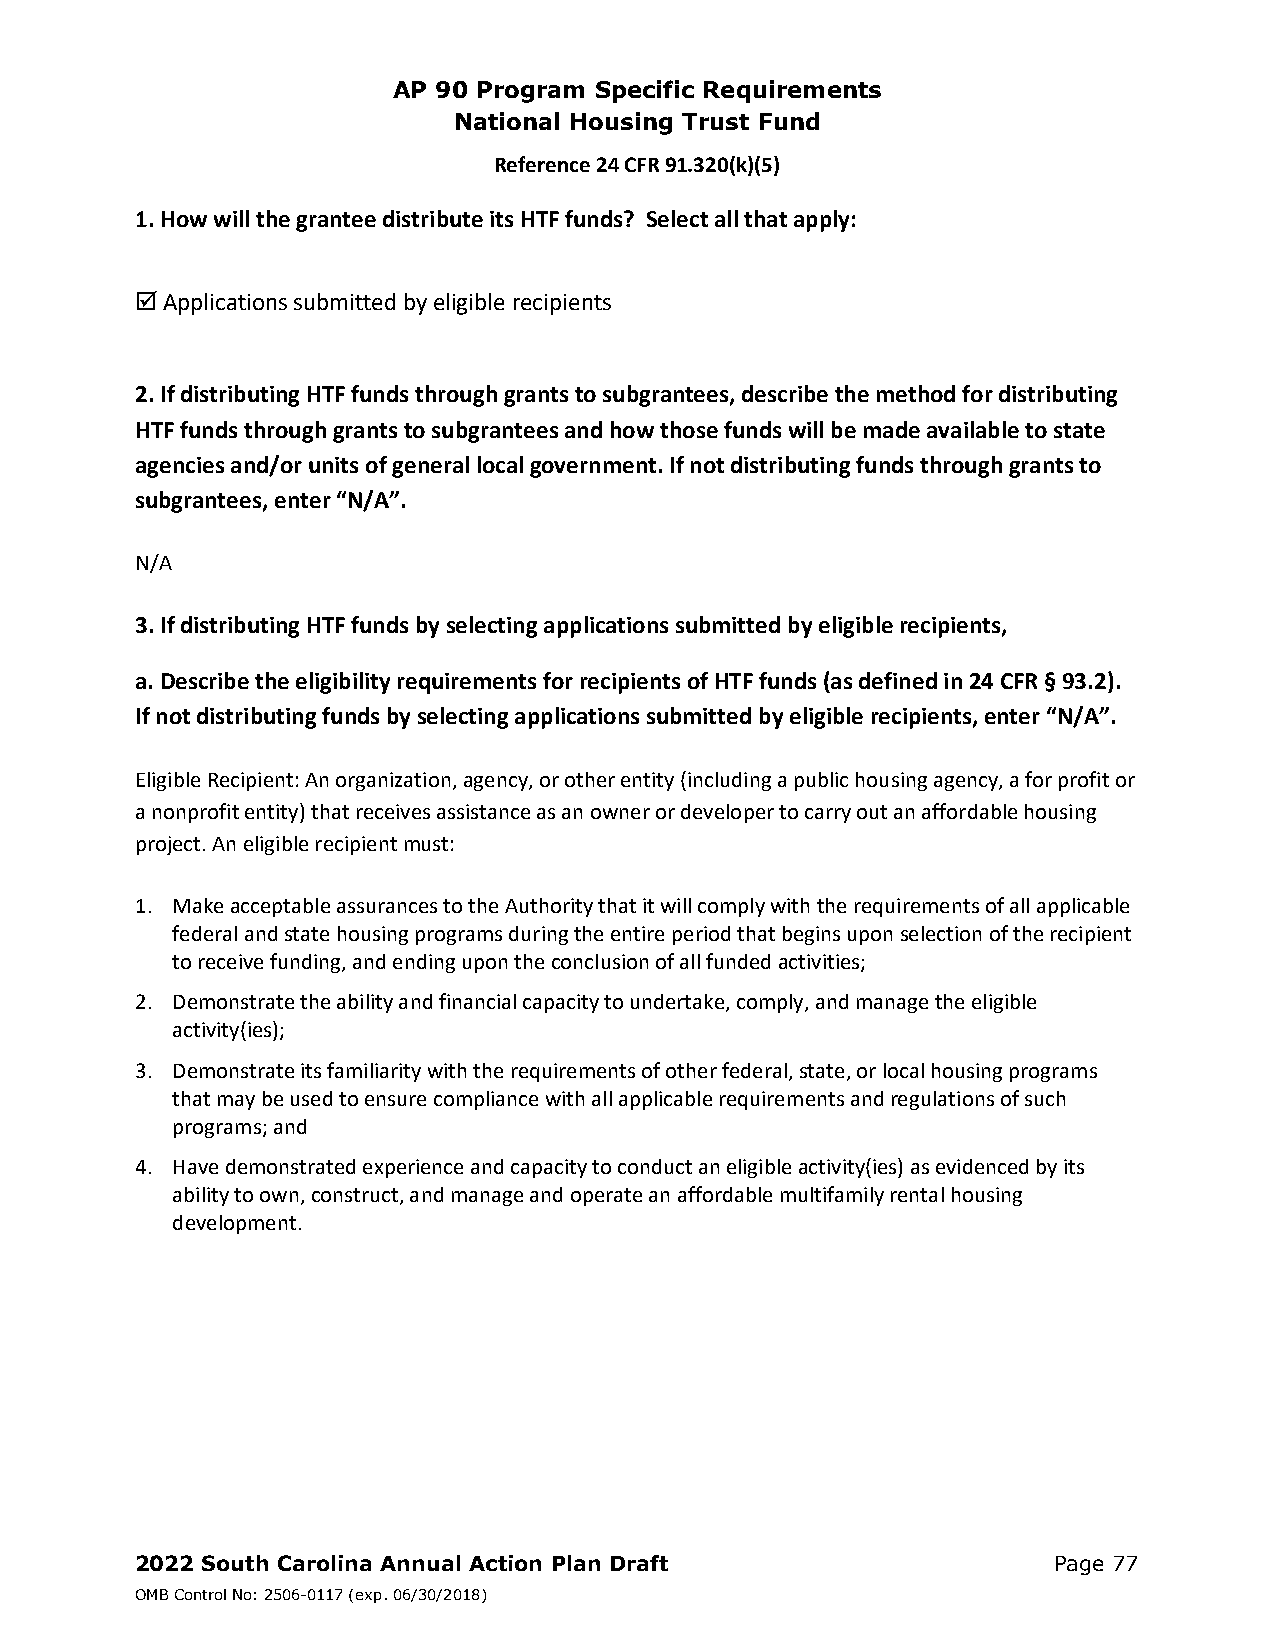
AP 90 Program Specific Requirements
 National Housing Trust Fund
 Reference 24 CFR 91.320(k)(5)
 1. How will the grantee distribute its HTF funds? Select all that apply:
  Applications submitted by eligible recipients
 2. If distributing HTF funds through grants to subgrantees, describe the method for distributing
 HTF funds through grants to subgrantees and how those funds will be made available to state
 agencies and/or units of general local government. If not distributing funds through grants to
 subgrantees, enter “N/A”.
 N/A
 3. If distributing HTF funds by selecting applications submitted by eligible recipients,
 a. Describe the eligibility requirements for recipients of HTF funds (as defined in 24 CFR § 93.2).
 If not distributing funds by selecting applications submitted by eligible recipients, enter “N/A”.
 Eligible Recipient: An organization, agency, or other entity (including a public housing agency, a for profit or
 a nonprofit entity) that receives assistance as an owner or developer to carry out an affordable housing
 project. An eligible recipient must:
 1. Make acceptable assurances to the Authority that it will comply with the requirements of all applicable
 federal and state housing programs during the entire period that begins upon selection of the recipient
 to receive funding, and ending upon the conclusion of all funded activities;
 2. Demonstrate the ability and financial capacity to undertake, comply, and manage the eligible
 activity(ies);
 3. Demonstrate its familiarity with the requirements of other federal, state, or local housing programs
 that may be used to ensure compliance with all applicable requirements and regulations of such
 programs; and
 4. Have demonstrated experience and capacity to conduct an eligible activity(ies) as evidenced by its
 ability to own, construct, and manage and operate an affordable multifamily rental housing
 development.
 2022 South Carolina Annual Action Plan Draft                 Page 77
 OMB Control No: 2506-0117 (exp. 06/30/2018)